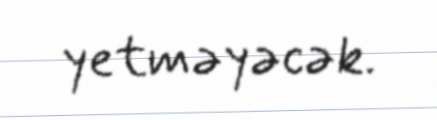
yetməyəcək.